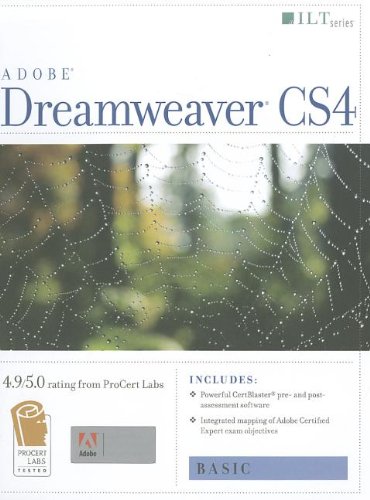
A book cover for Dreamweaver Cs4: Basic, Ace Edition + Certblaster (ILT); Computers & Technology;